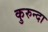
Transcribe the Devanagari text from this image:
कुरुन्दा